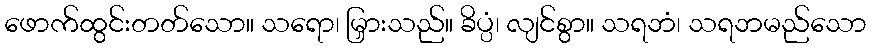
ဖောက်ထွင်းတတ်သော။ သရော၊ မြှားသည်။ ခိပ္ပံ၊ လျင်စွာ။ သရဘံ၊ သရဘမည်သော